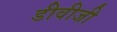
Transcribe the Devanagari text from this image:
डीवीजी